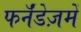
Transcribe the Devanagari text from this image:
फर्नॅंडेज़में